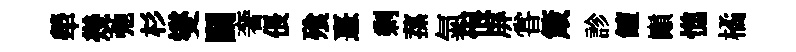
犖幾弛杉燮鬬奢倀飱憙剩蓀氣恨屏甞箴診饘巔憔橘